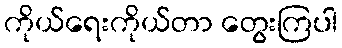
ကိုယ်ရေးကိုယ်တာ တွေးကြပါ